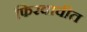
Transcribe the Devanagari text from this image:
फिरवावीत